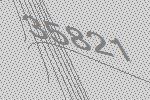
35821